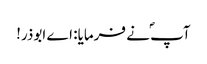
آپ ؐنے فرمایا: اے ابوذر!